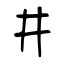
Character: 井